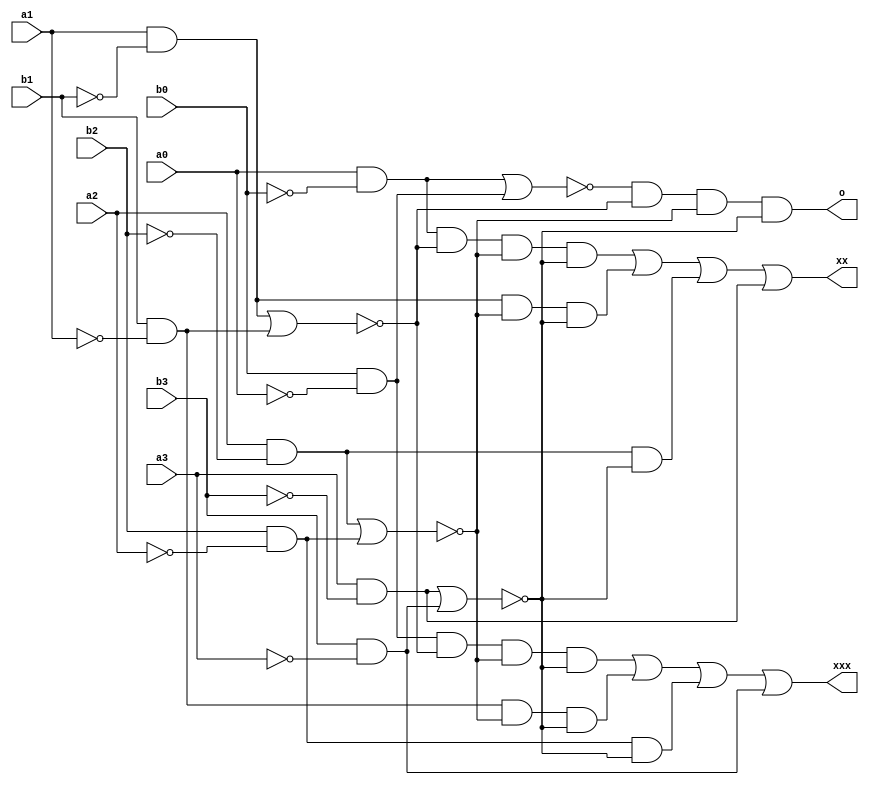
module fourbitcomp(a0, b0, a1, b1, a2, b2, a3, b3, o, xx, xxx);
	input a0, b0, a1, b1, a2, b2, a3, b3;
	output o, xx, xxx;
	
	wire a, b, c, d,e, f, g, h, i, j, k, l, m, n, p, q, r, s, t, u, w, x, y, z, aa, ab;
	
	
	not n0(a, a0);
	not n1(b, b0);
	not n2(c, a1);
	not n3(d, b1);
	not n4(e, a2);
	not n5(f, b2);
	not n6(g, a3);
	not n7(h, b3);
	
	and an0(i, a0, b);
	and an1(j, b0, a);
	and an2(k, a1, d);
	and an3(l, b1, c);
	and an4(m, a2, f);
	and an5(n, b2, e);
	and an6(p, a3, h);
	and an7(q, b3, g);
	
	nor no0(r, i, j);
	nor no1(s, k, l);
	nor no2(t, m, n);
	nor no3(u, p, q);
	
	and bn0(o, r, s, t, u);
	and bn1(w, i, s, t, u);
	and bn2(x, j, s, t, u);
	and bn3(y, k, t, u);
	and bn4(z, l, t, u);
	and bn5(aa, m, u);
	and bn6(ab, n, u);
	
	or or0(xx, w, y, aa, p);
	or or1(xxx, x, z, ab, q);
	
endmodule